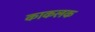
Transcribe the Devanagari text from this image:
काकलक